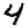
Digit: 4